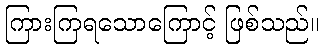
ကြားကြရသောကြောင့် ဖြစ်သည်။